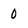
Character: 0